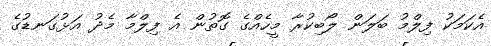
އެކަމަކު ފިލްމު ބަލަން ލޯބިކުރާ މީހެއްގެ ގޮތުން އެ ފިލްމާ މެދު އަޅުގަނޑުގެ